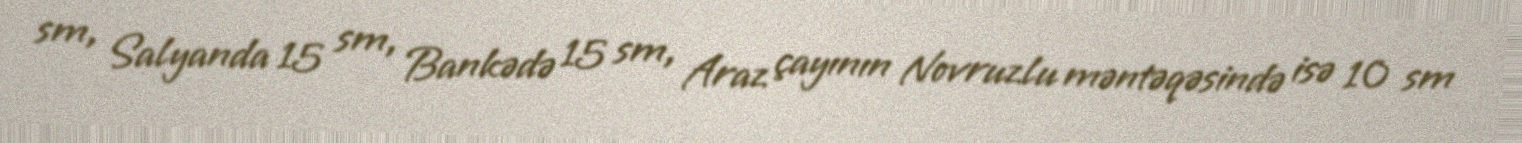
sm, Salyanda 15 sm, Bankədə 15 sm, Araz çayının Novruzlu məntəqəsində isə 10 sm